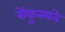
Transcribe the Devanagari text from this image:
सेंकुनयने